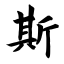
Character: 斯